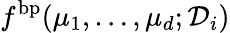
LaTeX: f^{\mathrm{bp}}(\mu_{1},\dots,\mu_{d};\mathcal{D}_{i})